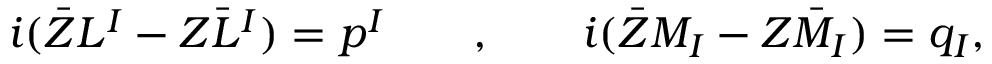
i ( \bar { Z } L ^ { I } - Z \bar { L } ^ { I } ) = p ^ { I } \qquad , \qquad i ( \bar { Z } M _ { I } - Z \bar { M } _ { I } ) = q _ { I } ,